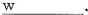
\underline{w}.